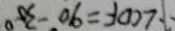
\therefore \angle C D F = 9 0 ^ { \circ } - 3 0 ^ { \circ }